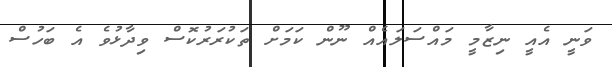
ވަނީ އެއީ ނިޒާމީ މައްސަލައެއް ނޫން ކަމަށް ތަކުރަރުކޮސް ވިދާޅުވެ އެ ބަހުސް